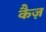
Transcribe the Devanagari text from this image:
कैज़